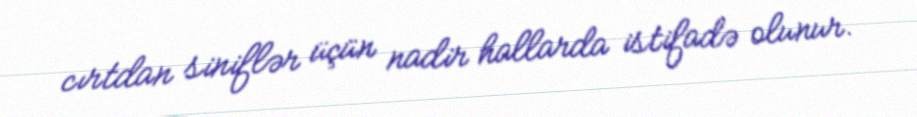
cırtdan siniflər üçün nadir hallarda istifadə olunur.